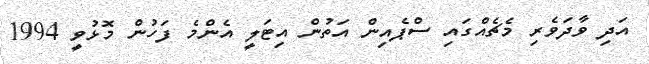
އަދި ވާދަވެރި މެޗެއްގައި ސްޕެއިން އަތުން އިޓަލީ އެންމެ ފަހުން މޮޅުވީ 1994